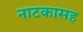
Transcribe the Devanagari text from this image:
नाटकासह